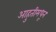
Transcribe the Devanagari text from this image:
आहुतीमधून